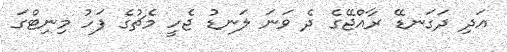
އަދި ދަގަނޑޭ ރާއްޖޭގެ ދެ ވަނަ ލަނޑު ޖެހީ މެޗުގެ ފަހު މިނިޓްގަ